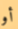
أو